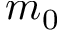
m _ { 0 }